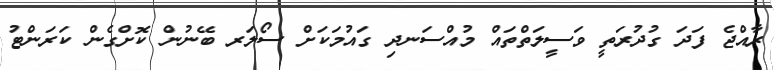
ރާއްޖެ ފަދަ ގުދުރަތީ ވަސީލަތްތައް މުއްސަނދި ގައުމަކަށް ސޯލަރ ބޭނުން ކޮށްގެން ކަރަންޓު